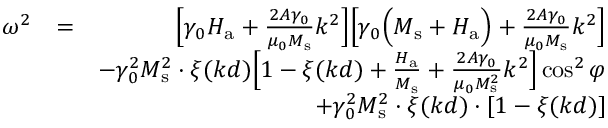
\begin{array} { r l r } { \omega ^ { 2 } } & { = } & { \Big [ \gamma _ { 0 } H _ { \mathrm { a } } + \frac { 2 A \gamma _ { 0 } } { \mu _ { 0 } M _ { \mathrm { s } } } k ^ { 2 } \Big ] \Big [ \gamma _ { 0 } \Big ( M _ { \mathrm { s } } + H _ { \mathrm { a } } \Big ) + \frac { 2 A \gamma _ { 0 } } { \mu _ { 0 } M _ { \mathrm { s } } } k ^ { 2 } \Big ] } \\ & { } & { - \gamma _ { 0 } ^ { 2 } M _ { \mathrm { s } } ^ { 2 } \cdot \xi ( k d ) \Big [ 1 - \xi ( k d ) + \frac { H _ { \mathrm { a } } } { M _ { \mathrm { s } } } + \frac { 2 A \gamma _ { 0 } } { \mu _ { 0 } M _ { \mathrm { s } } ^ { 2 } } k ^ { 2 } \Big ] \cos ^ { 2 } { \varphi } } \\ & { } & { + \gamma _ { 0 } ^ { 2 } M _ { \mathrm { s } } ^ { 2 } \cdot \xi ( k d ) \cdot [ 1 - \xi ( k d ) ] } \end{array}